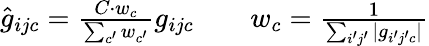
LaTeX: \begin{array}{rlr}{\hat{g}_{ijc}=\frac{C\cdot w_{c}}{\sum_{c^{\prime}}w_{c^{\prime}}}g_{ijc}}&{{}}&{w_{c}=\frac{1}{\sum_{i^{\prime}j^{\prime}}|g_{i^{\prime}j^{\prime}c}|}}\end{array}